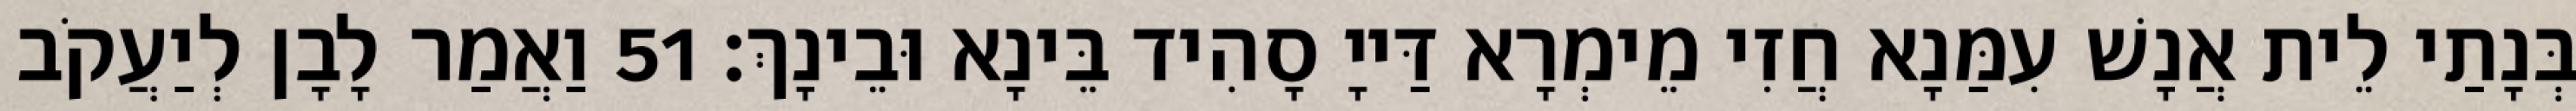
בְּנָתַי לֵית אֲנָשׁ עִמַּנָא חֲזִי מֵימְרָא דַּייָ סָהִיד בֵּינָא וּבֵינָךְ׃ 51 וַאֲמַר לָבָן לְיַעֲקֹב